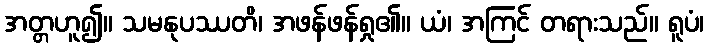
အတ္တဟူ၍။ သမနုပဿတိ၊ အဖန်ဖန်ရှု၏။ ယံ၊ အကြင် တရားသည်။ ရူပံ၊